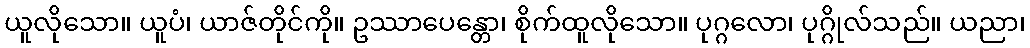
ယူလိုသော။ ယူပံ၊ ယာဇ်တိုင်ကို။ ဥဿာပေန္တော၊ စိုက်ထူလိုသော။ ပုဂ္ဂလော၊ ပုဂ္ဂိုလ်သည်။ ယညာ၊